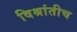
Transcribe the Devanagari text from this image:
विश्रांतीच